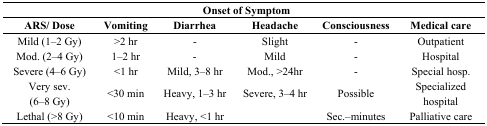
<table><thead><tr><td></td><td colspan="4"><b>Onset of Symptom</b></td><td></td></tr><tr><td><b>ARS/ Dose</b></td><td><b>Vomiting</b></td><td><b>Diarrhea</b></td><td><b>Headache</b></td><td><b>Consciousness</b></td><td><b>Medical care</b></td></tr></thead><tbody><tr><td>Mild (1–2 Gy)</td><td>&gt;2 hr</td><td>-</td><td>Slight</td><td>-</td><td>Outpatient</td></tr><tr><td>Mod. (2–4 Gy)</td><td>1–2 hr</td><td>-</td><td>Mild</td><td>-</td><td>Hospital</td></tr><tr><td>Severe (4–6 Gy)</td><td>&lt;1 hr</td><td>Mild, 3–8 hr</td><td>Mod., &gt;24hr</td><td>-</td><td>Special hosp.</td></tr><tr><td>Very sev. (6–8 Gy)</td><td>&lt;30 min</td><td>Heavy, 1–3 hr</td><td>Severe, 3–4 hr</td><td>Possible</td><td>Specialized hospital</td></tr><tr><td>Lethal (&gt;8 Gy)</td><td>&lt;10 min</td><td>Heavy, &lt;1 hr</td><td></td><td>Sec.–minutes</td><td>Palliative care</td></tr></tbody></table>